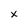
Character: x